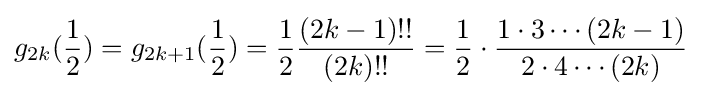
g_{2k}({\frac {1}{2}})=g_{2k+1}({\frac {1}{2}})={\frac {1}{2}}{\frac {(2k-1)!!}{(2k)!!}}={\frac {1}{2}}\cdot {\frac {1\cdot 3\cdots (2k-1)}{2\cdot 4\cdots (2k)}}